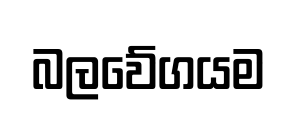
බලවේගයම